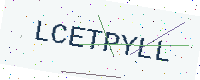
Text: LCETPYLL